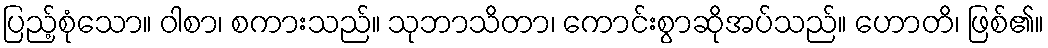
ပြည့်စုံသော။ ဝါစာ၊ စကားသည်။ သုဘာသိတာ၊ ကောင်းစွာဆိုအပ်သည်။ ဟောတိ၊ ဖြစ်၏။